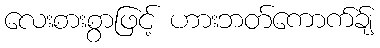
လေးစားစွာဖြင့် ဟားဘတ်ကောက်ခ်ျ